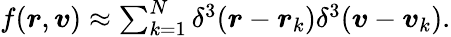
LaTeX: \begin{array}{r}{f(\boldsymbol{r},\boldsymbol{v})\approx\sum_{k=1}^{N}\delta^{3}(\boldsymbol{r}-\boldsymbol{r}_{k})\delta^{3}(\boldsymbol{v}-\boldsymbol{v}_{k}).}\end{array}